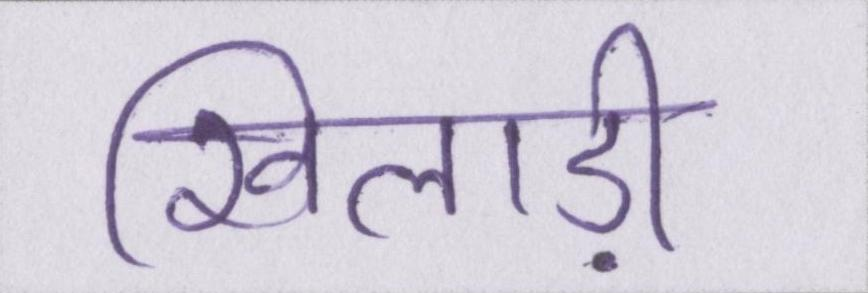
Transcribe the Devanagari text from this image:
खिलाड़ी